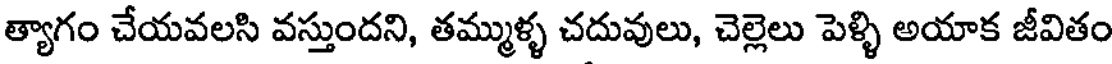
త్యాగం చేయవలసి వస్తుందని, తమ్ముళ్ళ చదువులు, చెల్లెలు పెళ్ళి అయాక జీవితం